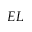
E L